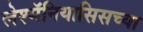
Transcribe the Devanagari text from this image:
लेश्मॅनियासिसच्या